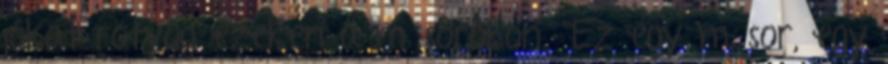
jókat rötyög ezeken a műsorokon. "Ez egy műsor, egy